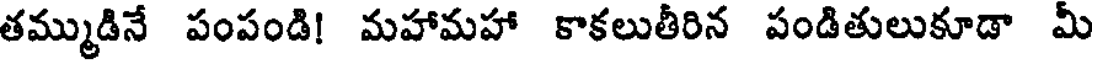
తమ్ముడినే పంపండి! మహామహా కాకలుతీరిన పండితులుకూడా మీ